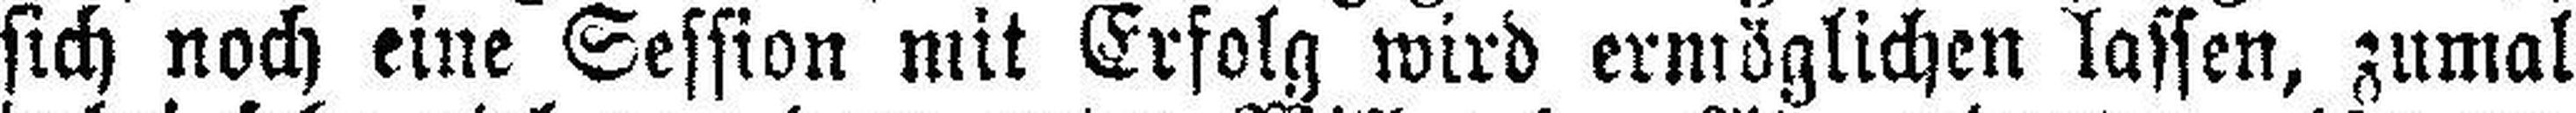
sich noch eine Session mit Erfolg wird ermöglichen lassen, zumal